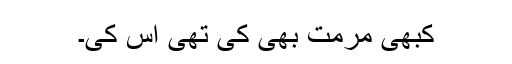
کبھی مرمت بھی کی تھی اس کی۔